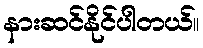
နားဆင်နိုင်ပါတယ်။